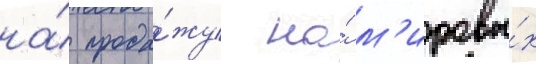
на́ прода́жу на́ м'ировы́х